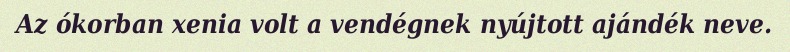
Az ókorban xenia volt a vendégnek nyújtott ajándék neve.